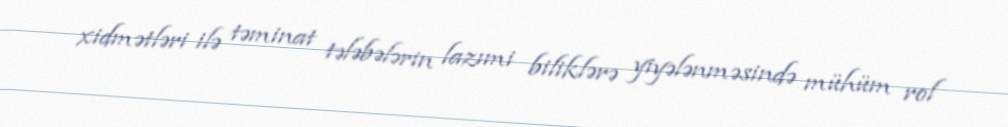
xidmətləri ilə təminat tələbələrin lazımi biliklərə yiyələnməsində mühüm rol